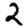
Digit: 2